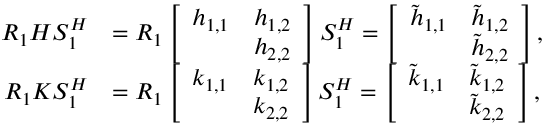
\begin{array} { r l } { R _ { 1 } { H } S _ { 1 } ^ { H } } & { = R _ { 1 } \left[ \begin{array} { l l } { h _ { 1 , 1 } } & { h _ { 1 , 2 } } \\ & { h _ { 2 , 2 } } \end{array} \right] S _ { 1 } ^ { H } = \left[ \begin{array} { l l } { \tilde { h } _ { 1 , 1 } } & { \tilde { h } _ { 1 , 2 } } \\ & { \tilde { h } _ { 2 , 2 } } \end{array} \right] , } \\ { R _ { 1 } { K } S _ { 1 } ^ { H } } & { = R _ { 1 } \left[ \begin{array} { l l } { k _ { 1 , 1 } } & { k _ { 1 , 2 } } \\ & { k _ { 2 , 2 } } \end{array} \right] S _ { 1 } ^ { H } = \left[ \begin{array} { l l } { \tilde { k } _ { 1 , 1 } } & { \tilde { k } _ { 1 , 2 } } \\ & { \tilde { k } _ { 2 , 2 } } \end{array} \right] , } \end{array}